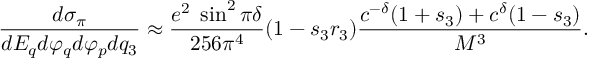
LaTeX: { \frac { d \sigma _ { \pi } } { d E _ { q } d \varphi _ { q } d \varphi _ { p } d q _ { 3 } } } \approx { \frac { e ^ { 2 } \; \sin ^ { 2 } \pi \delta } { 2 5 6 \pi ^ { 4 } } } ( 1 - s _ { 3 } r _ { 3 } ) { \frac { c ^ { - \delta } ( 1 + s _ { 3 } ) + c ^ { \delta } ( 1 - s _ { 3 } ) } { M ^ { 3 } } } .